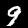
Digit: 9